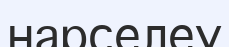
нарселеу